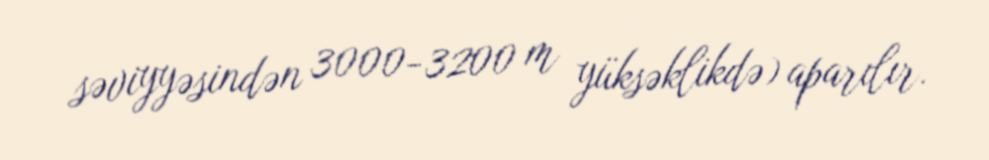
səviyyəsindən 3000-3200 m yüksəklikdə) aparılır.